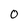
Character: O